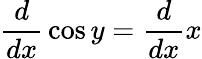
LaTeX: {\frac{d}{dx}}\cos y={\frac{d}{dx}}x